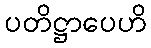
ပတိဋ္ဌာပေဟိ